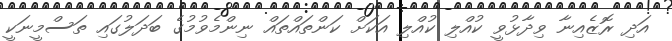
އަދި ރޮޒެއިނާ ވިދާޅުވީ ކުއްލި ކުއްލި އަކަށް ކަންތައްތައް ނިންމެވުމުގެ ބަދަލުގައި ތަސްމީނަކީ